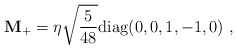
\begin{align*}{\bf M}_+ = \eta \sqrt{5\over {48}} {\rm diag}(0,0,1,-1,0) \ ,\end{align*}